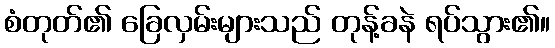
စံတုတ်၏ ခြေလှမ်းများသည် တုန့်ခနဲ ရပ်သွား၏။